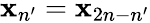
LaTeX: {\mathbf x}_{n^{\prime}}={\mathbf x}_{2n-n^{\prime}}